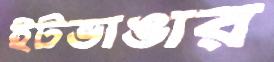
ইটভাঙার